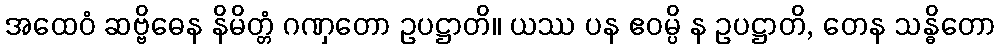
အထေဝံ ဆဗ္ဗိဓေန နိမိတ္တံ ဂဏှတော ဥပဋ္ဌာတိ။ ယဿ ပန ဧဝမ္ပိ န ဥပဋ္ဌာတိ, တေန သန္ဓိတော